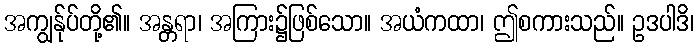
အကျွန်ုပ်တို့၏။ အန္တရာ၊ အကြား၌ဖြစ်သော။ အယံကထာ၊ ဤစကားသည်။ ဥဒပါဒိ၊